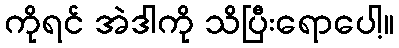
ကိုရင် အဲဒါကို သိပြီးရောပေါ့။